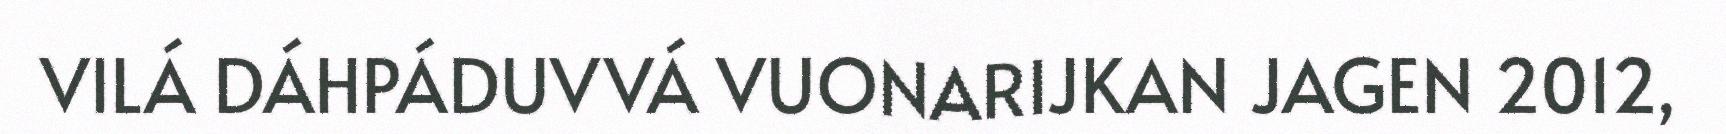
VILÁ DÁHPÁDUVVÁ VUONARIJKAN JAGEN 2012,